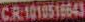
CR1010518643